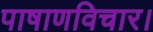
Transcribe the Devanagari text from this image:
पाषाणविचार।